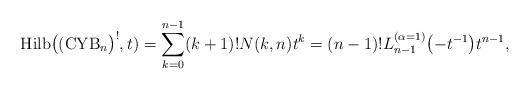
LaTeX: \begin{gather*}{\rm Hilb}\big(({\rm CYB}_n\big)^{!},t)=\sum_{k=0}^{n-1}(k+1)! N(k,n) t^k=(n-1)! L_{n-1}^{(\alpha=1)}\big({-}t^{-1}\big) t^{n-1},\end{gather*}